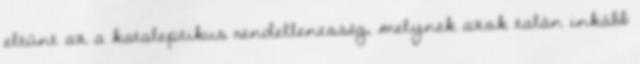
eltűnt az a kataleptikus rendellenesség, melynek azok talán inkább